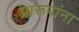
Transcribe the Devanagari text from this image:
प्रारूपांना